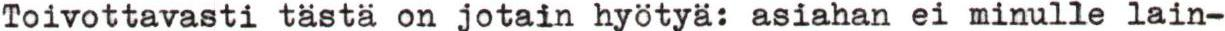
Toivottavasti tästä on jotain hyötyä: asiahan ei minulle lain-